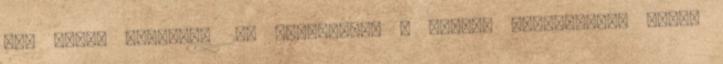
and Stage Budapest 20% kedvezmény - bővebb információ: Hotel